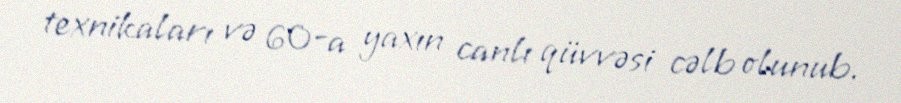
texnikaları və 60-a yaxın canlı qüvvəsi cəlb olunub.